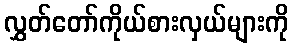
လွှတ်တော်ကိုယ်စားလှယ်များကို